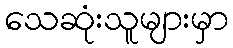
သေဆုံးသူများမှာ